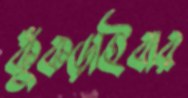
কুঁকড়াইবার